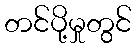
တင်ပို့မှုတွင်